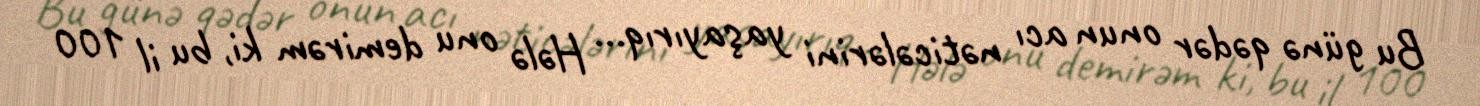
Bu günə qədər onun acı nəticələrini yaşayırıq... Hələ onu demirəm ki, bu il 100